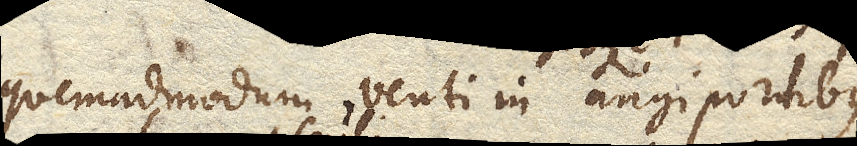
quemadmodum venti in angiportibus